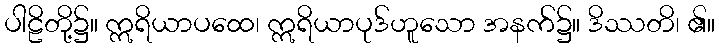
ပါဠိတို့၌။ ဣရိယာပထေ၊ ဣရိယာပုဒ်ဟူသော အနက်၌။ ဒိဿတိ၊ ၏။